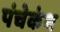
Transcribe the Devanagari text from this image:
पंचेकंथ